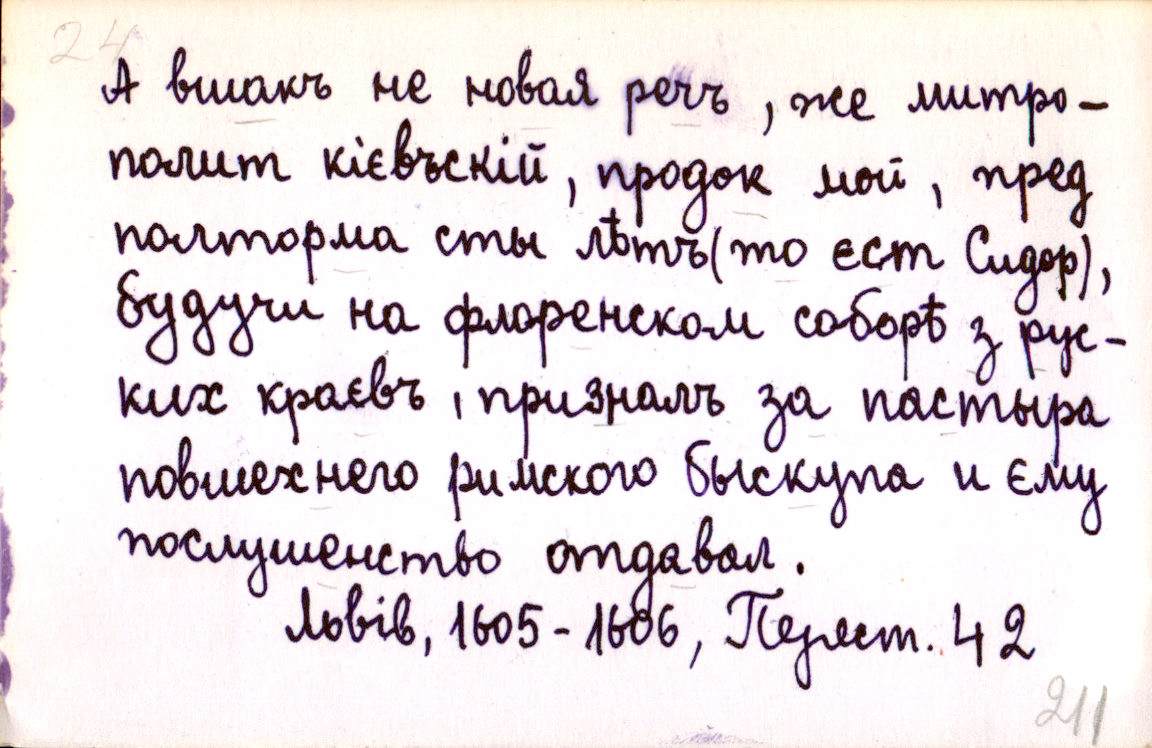
А вшакъ не новая речъ, же митро-
полит кієвъскій, продок мой, пред
полторма сты лѣтъ (то єст Сидор),
будучи на флоренском соборѣ з рус-
ких краєвъ, призналъ за пастыра
повшехнего римского быскупа и єму
послушенство отдавал.
Львів, 1605-1606, Перест. 42